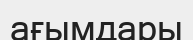
ағымдары